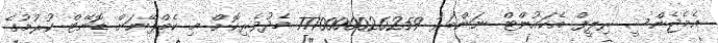
އެމެޖެންސީ ރިލީފް އެކައުންޓް ނަންބަރު 7770000026259 މެދުވެރިކޮށް މި ކެމްޕޭނަށް ޑޮނޭޓް ކުރުމުގެ